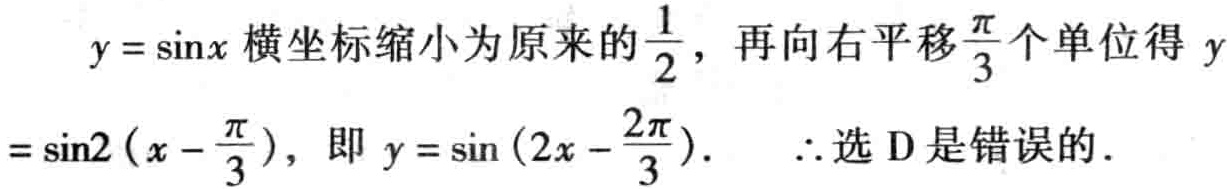
$y = \sin x$横坐标缩小为原来的$\frac{1}{2}$，再向右平移$\frac{\pi}{3}$个单位得$y = \sin2\left(x - \frac{\pi}{3}\right)$，即$y = \sin\left(2x - \frac{2\pi}{3}\right)$. $\therefore$选D是错误的.